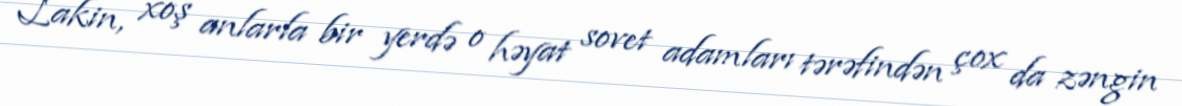
Lakin, xoş anlarla bir yerdə o həyat sovet adamları tərəfindən çox da zəngin